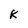
Character: k